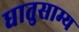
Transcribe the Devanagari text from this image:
धातुसाम्य